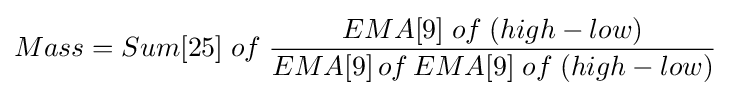
Mass=Sum[25]\;of\;{EMA[9]\;of\;(high-low) \over EMA[9]\,of\,EMA[9]\;of\;(high-low)}